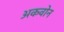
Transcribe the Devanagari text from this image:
अकवोन